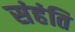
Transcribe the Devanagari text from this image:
संहंति